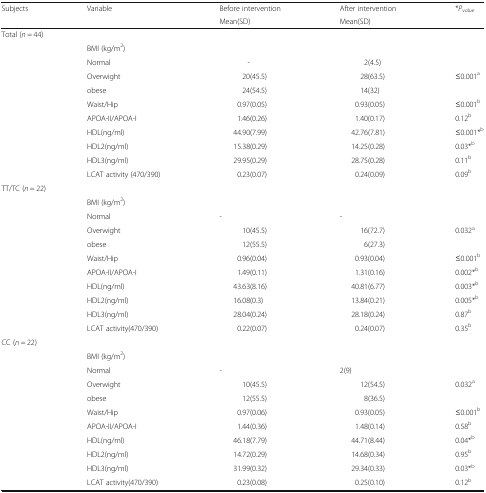
<table><thead><tr><td rowspan="2"><b>Subjects</b></td><td rowspan="2"><b>Variable</b></td><td><b>Before intervention</b></td><td><b>After intervention</b></td><td rowspan="2"><b>*<i>P</i><sub><i>value</i></sub></b></td></tr><tr><td><b>Mean(SD)</b></td><td><b>Mean(SD)</b></td></tr></thead><tbody><tr><td colspan="5">Total (<i>n</i> = 44)</td></tr><tr><td></td><td colspan="4">BMI (kg/m<sup>2</sup>)</td></tr><tr><td></td><td>Normal</td><td>-</td><td>2(4.5)</td><td></td></tr><tr><td></td><td>Overwight</td><td>20(45.5)</td><td>28(63.5)</td><td>≤0.001<sup>a</sup></td></tr><tr><td></td><td>obese</td><td>24(54.5)</td><td>14(32)</td><td></td></tr><tr><td></td><td>Waist/Hip</td><td>0.97(0.05)</td><td>0.93(0.05)</td><td>≤0.001<sup>b</sup></td></tr><tr><td></td><td>APOA-II/APOA-I</td><td>1.46(0.26)</td><td>1.40(0.17)</td><td>0.12<sup>b</sup></td></tr><tr><td></td><td>HDL(ng/ml)</td><td>44.90(7.99)</td><td>42.76(7.81)</td><td>≤0.001*<sup>b</sup></td></tr><tr><td></td><td>HDL2(ng/ml)</td><td>15.38(0.29)</td><td>14.25(0.28)</td><td>0.03*<sup>b</sup></td></tr><tr><td></td><td>HDL3(ng/ml)</td><td>29.95(0.29)</td><td>28.75(0.28)</td><td>0.11<sup>b</sup></td></tr><tr><td></td><td>LCAT activity (470/390)</td><td>0.23(0.07)</td><td>0.24(0.09)</td><td>0.09<sup>b</sup></td></tr><tr><td colspan="5">TT/TC (<i>n</i> = 22)</td></tr><tr><td></td><td colspan="4">BMI (kg/m<sup>2</sup>)</td></tr><tr><td></td><td>Normal</td><td>-</td><td>-</td><td></td></tr><tr><td></td><td>Overwight</td><td>10(45.5)</td><td>16(72.7)</td><td>0.032<sup>a</sup></td></tr><tr><td></td><td>obese</td><td>12(55.5)</td><td>6(27.3)</td><td></td></tr><tr><td></td><td>Waist/Hip</td><td>0.96(0.04)</td><td>0.93(0.04)</td><td>≤0.001<sup>b</sup></td></tr><tr><td></td><td>APOA-II/APOA-I</td><td>1.49(0.11)</td><td>1.31(0.16)</td><td>0.002*<sup>b</sup></td></tr><tr><td></td><td>HDL(ng/ml)</td><td>43.63(8.16)</td><td>40.81(6.77)</td><td>0.003*<sup>b</sup></td></tr><tr><td></td><td>HDL2(ng/ml)</td><td>16.08(0.3)</td><td>13.84(0.21)</td><td>0.005*<sup>b</sup></td></tr><tr><td></td><td>HDL3(ng/ml)</td><td>28.04(0.24)</td><td>28.18(0.24)</td><td>0.87<sup>b</sup></td></tr><tr><td></td><td>LCAT activity(470/390)</td><td>0.22(0.07)</td><td>0.24(0.07)</td><td>0.35<sup>b</sup></td></tr><tr><td colspan="5">CC (<i>n</i> = 22)</td></tr><tr><td></td><td colspan="4">BMI (kg/m<sup>2</sup>)</td></tr><tr><td></td><td>Normal</td><td>-</td><td>2(9)</td><td></td></tr><tr><td></td><td>Overwight</td><td>10(45.5)</td><td>12(54.5)</td><td>0.032<sup>a</sup></td></tr><tr><td></td><td>obese</td><td>12(55.5)</td><td>8(36.5)</td><td></td></tr><tr><td></td><td>Waist/Hip</td><td>0.97(0.06)</td><td>0.93(0.05)</td><td>≤0.001<sup>b</sup></td></tr><tr><td></td><td>APOA-II/APOA-I</td><td>1.44(0.36)</td><td>1.48(0.14)</td><td>0.58<sup>b</sup></td></tr><tr><td></td><td>HDL(ng/ml)</td><td>46.18(7.79)</td><td>44.71(8.44)</td><td>0.04*<sup>b</sup></td></tr><tr><td></td><td>HDL2(ng/ml)</td><td>14.72(0.29)</td><td>14.68(0.34)</td><td>0.95<sup>b</sup></td></tr><tr><td></td><td>HDL3(ng/ml)</td><td>31.99(0.32)</td><td>29.34(0.33)</td><td>0.03*<sup>b</sup></td></tr><tr><td></td><td>LCAT activity(470/390)</td><td>0.23(0.08)</td><td>0.25(0.10)</td><td>0.12<sup>b</sup></td></tr></tbody></table>